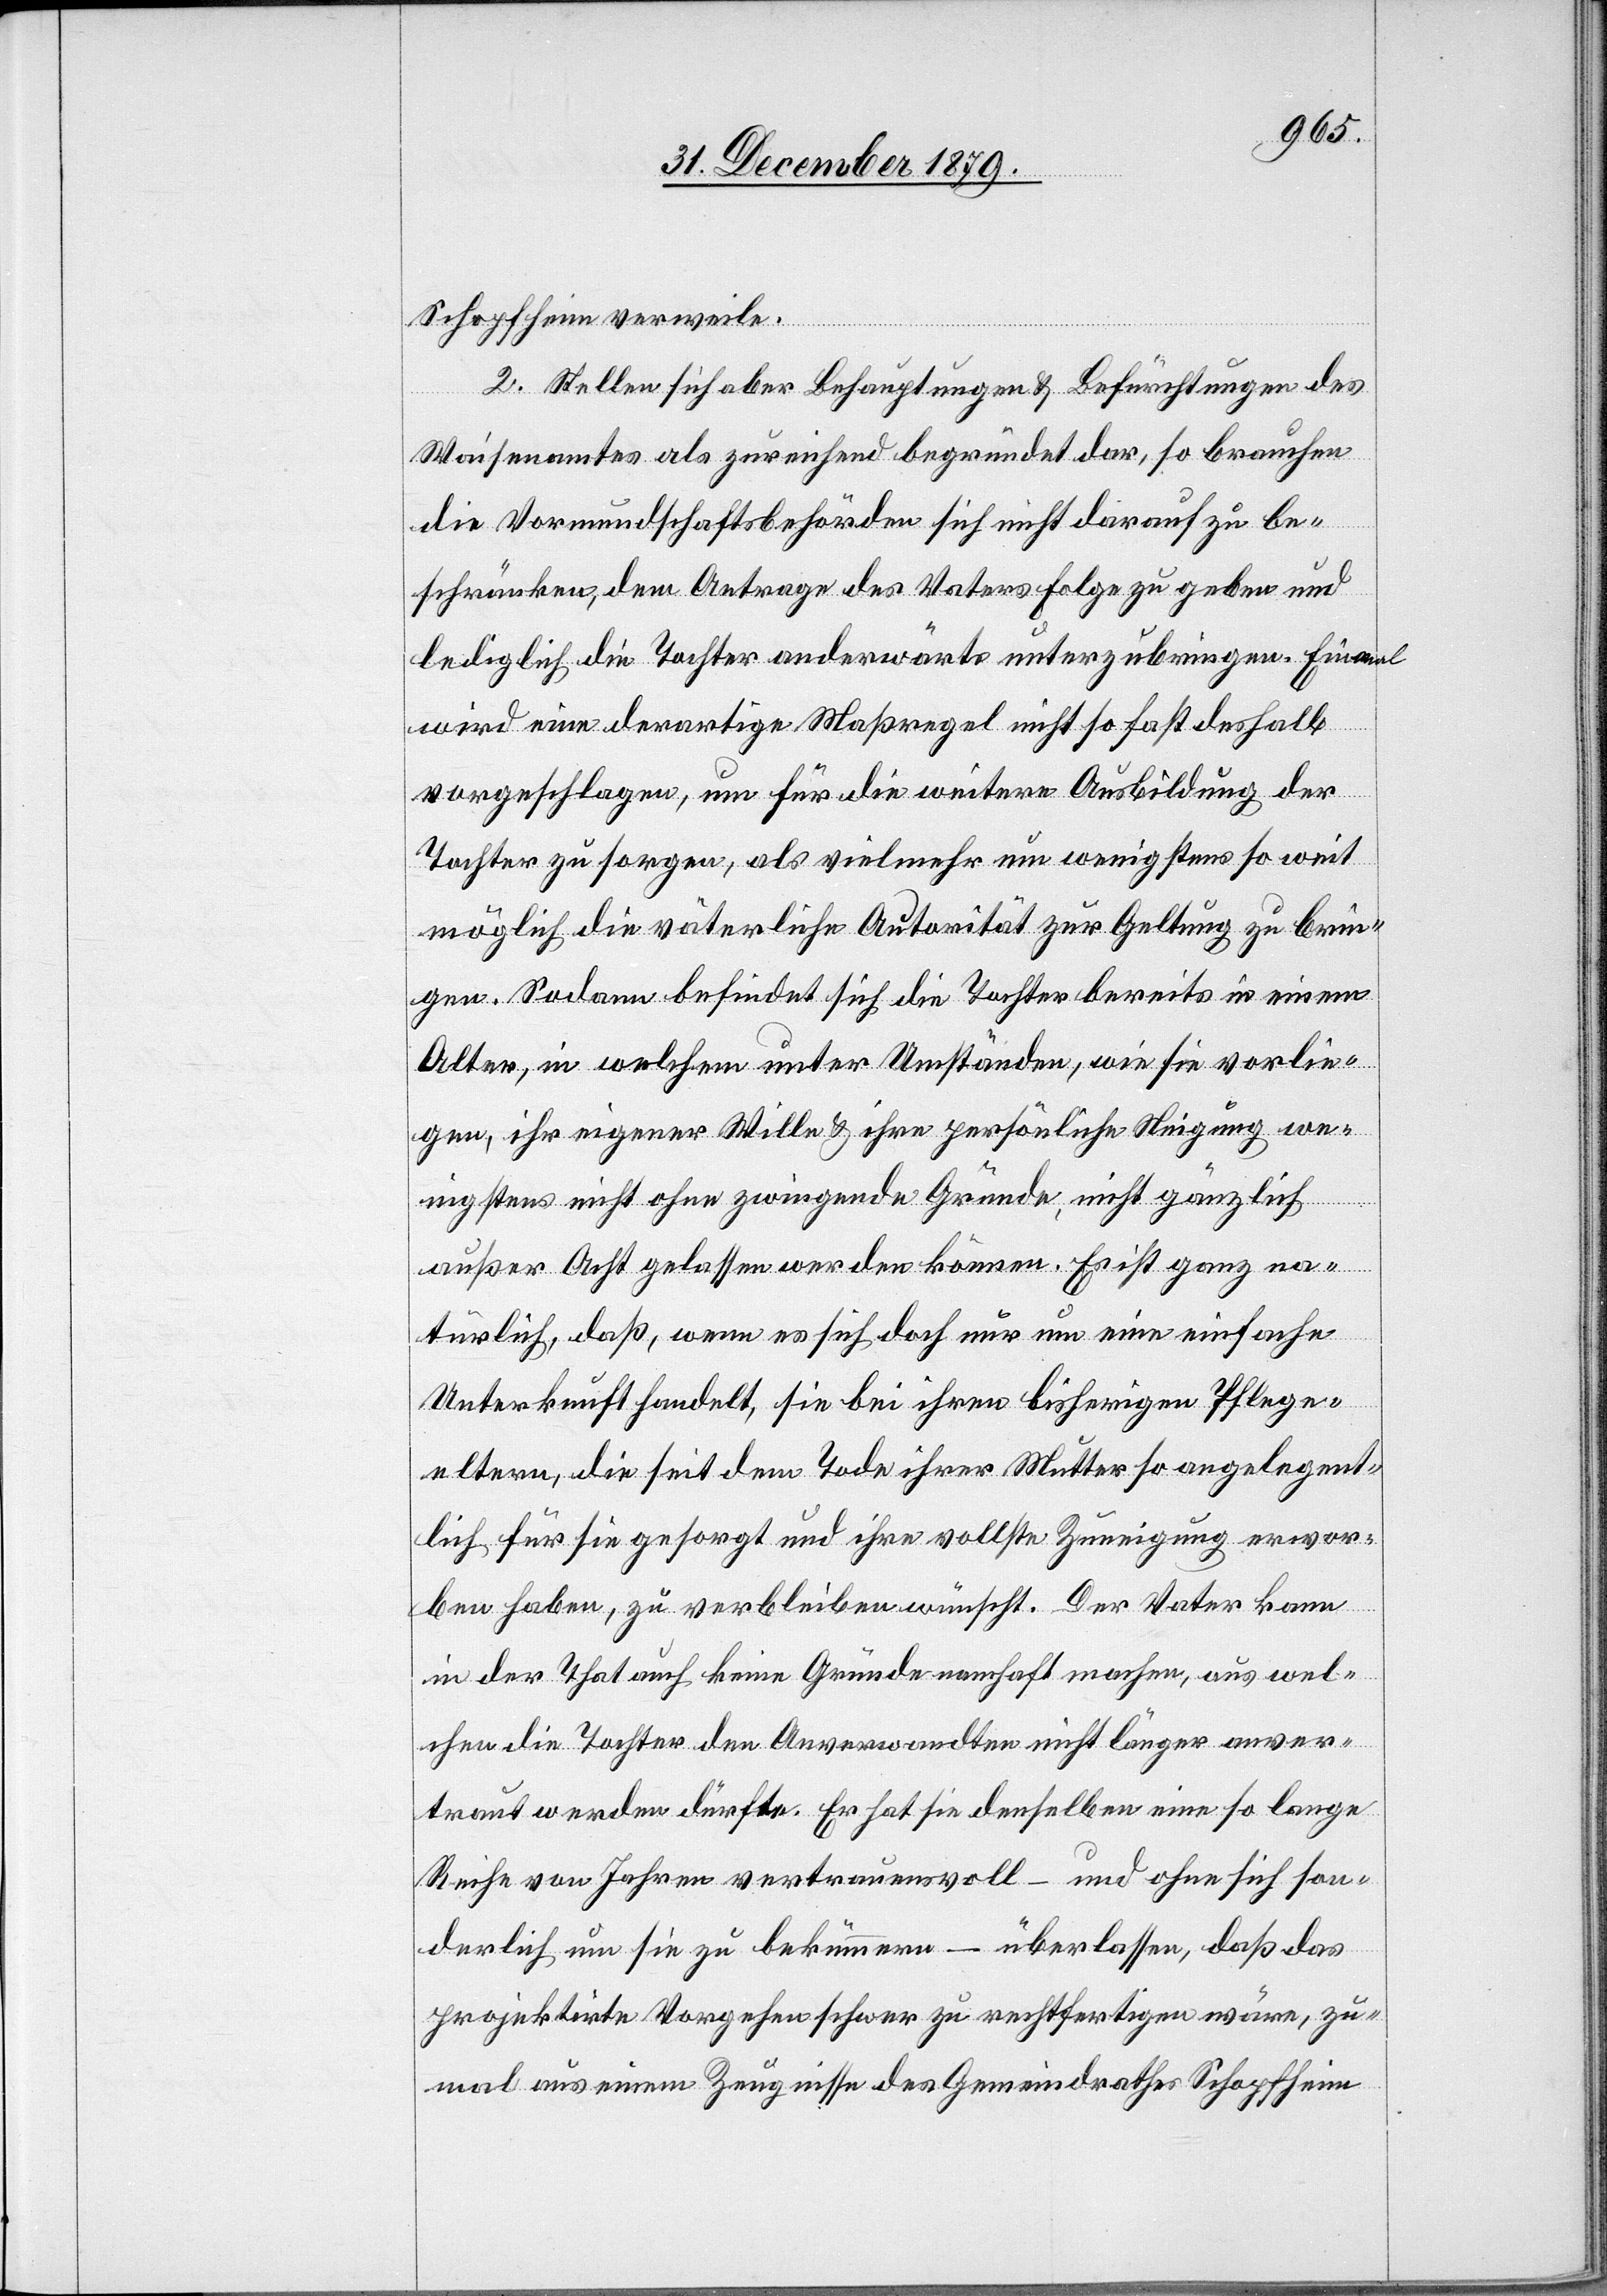
Schopfheim verweile.
2. Stellen sich aber Behauptungen & Befürchtungen des
Waisenamtes als zureichend begründet dar, so brauchen
die Vormundschaftsbehörden sich nicht darauf zu be¬
schränken, dem Antrage des Vaters folge zu geben und
lediglich die Tochter anderwärts unterzubringen. [? Einmal]
wird eine derartige Maßregel nicht so [f?]ast deshalb
vorgeschlagen, um für die weitere Ausbildung der
Tochter zu sorgen, als vielmehr um wenigstens so weit
möglich die väterliche Autorität zur Geltung zu brin¬
gen. Sodann befindet sich die Tochter bereits in einem
Alter, in welchem unter Umständen, wie sie vorlie¬
gen, ihr eigener Wille & ihre persönliche Neigung we¬
nigstens nicht ohne zwingende Gründe, nicht gänzlich
außer Acht gelassen werden können. Es ist ganz na¬
türlich, daß, wenn es sich doch nur um eine einfache
Unterkunft handelt, sie bei ihren bisherigen Pflege¬
eltern, die seit dem Tode ihrer Mutter so angelegent¬
lich für sie gesorgt und ihre vollste Zuneigung erwor¬
ben haben, zu verbleiben wünscht. Der Vater kann
in der That auch keine Gründe namhaft machen, aus wel¬
chen die Tochter den Anverwandten nicht länger anver¬
traut werden dürfte. Er hat sie denselben eine so lange
Reihe von Jahren vertrauensvoll – und ohne sich son¬
derlich um sie zu bekümmern – überlassen, daß das
projektirte Vorgehen schwer zu rechtfertigen wäre, zu¬
mal aus einem Zeugnisse des Gemeindrathes Schopfheim